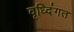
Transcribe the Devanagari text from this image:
वृध्दिंगत